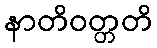
နာတိဝတ္တတိ